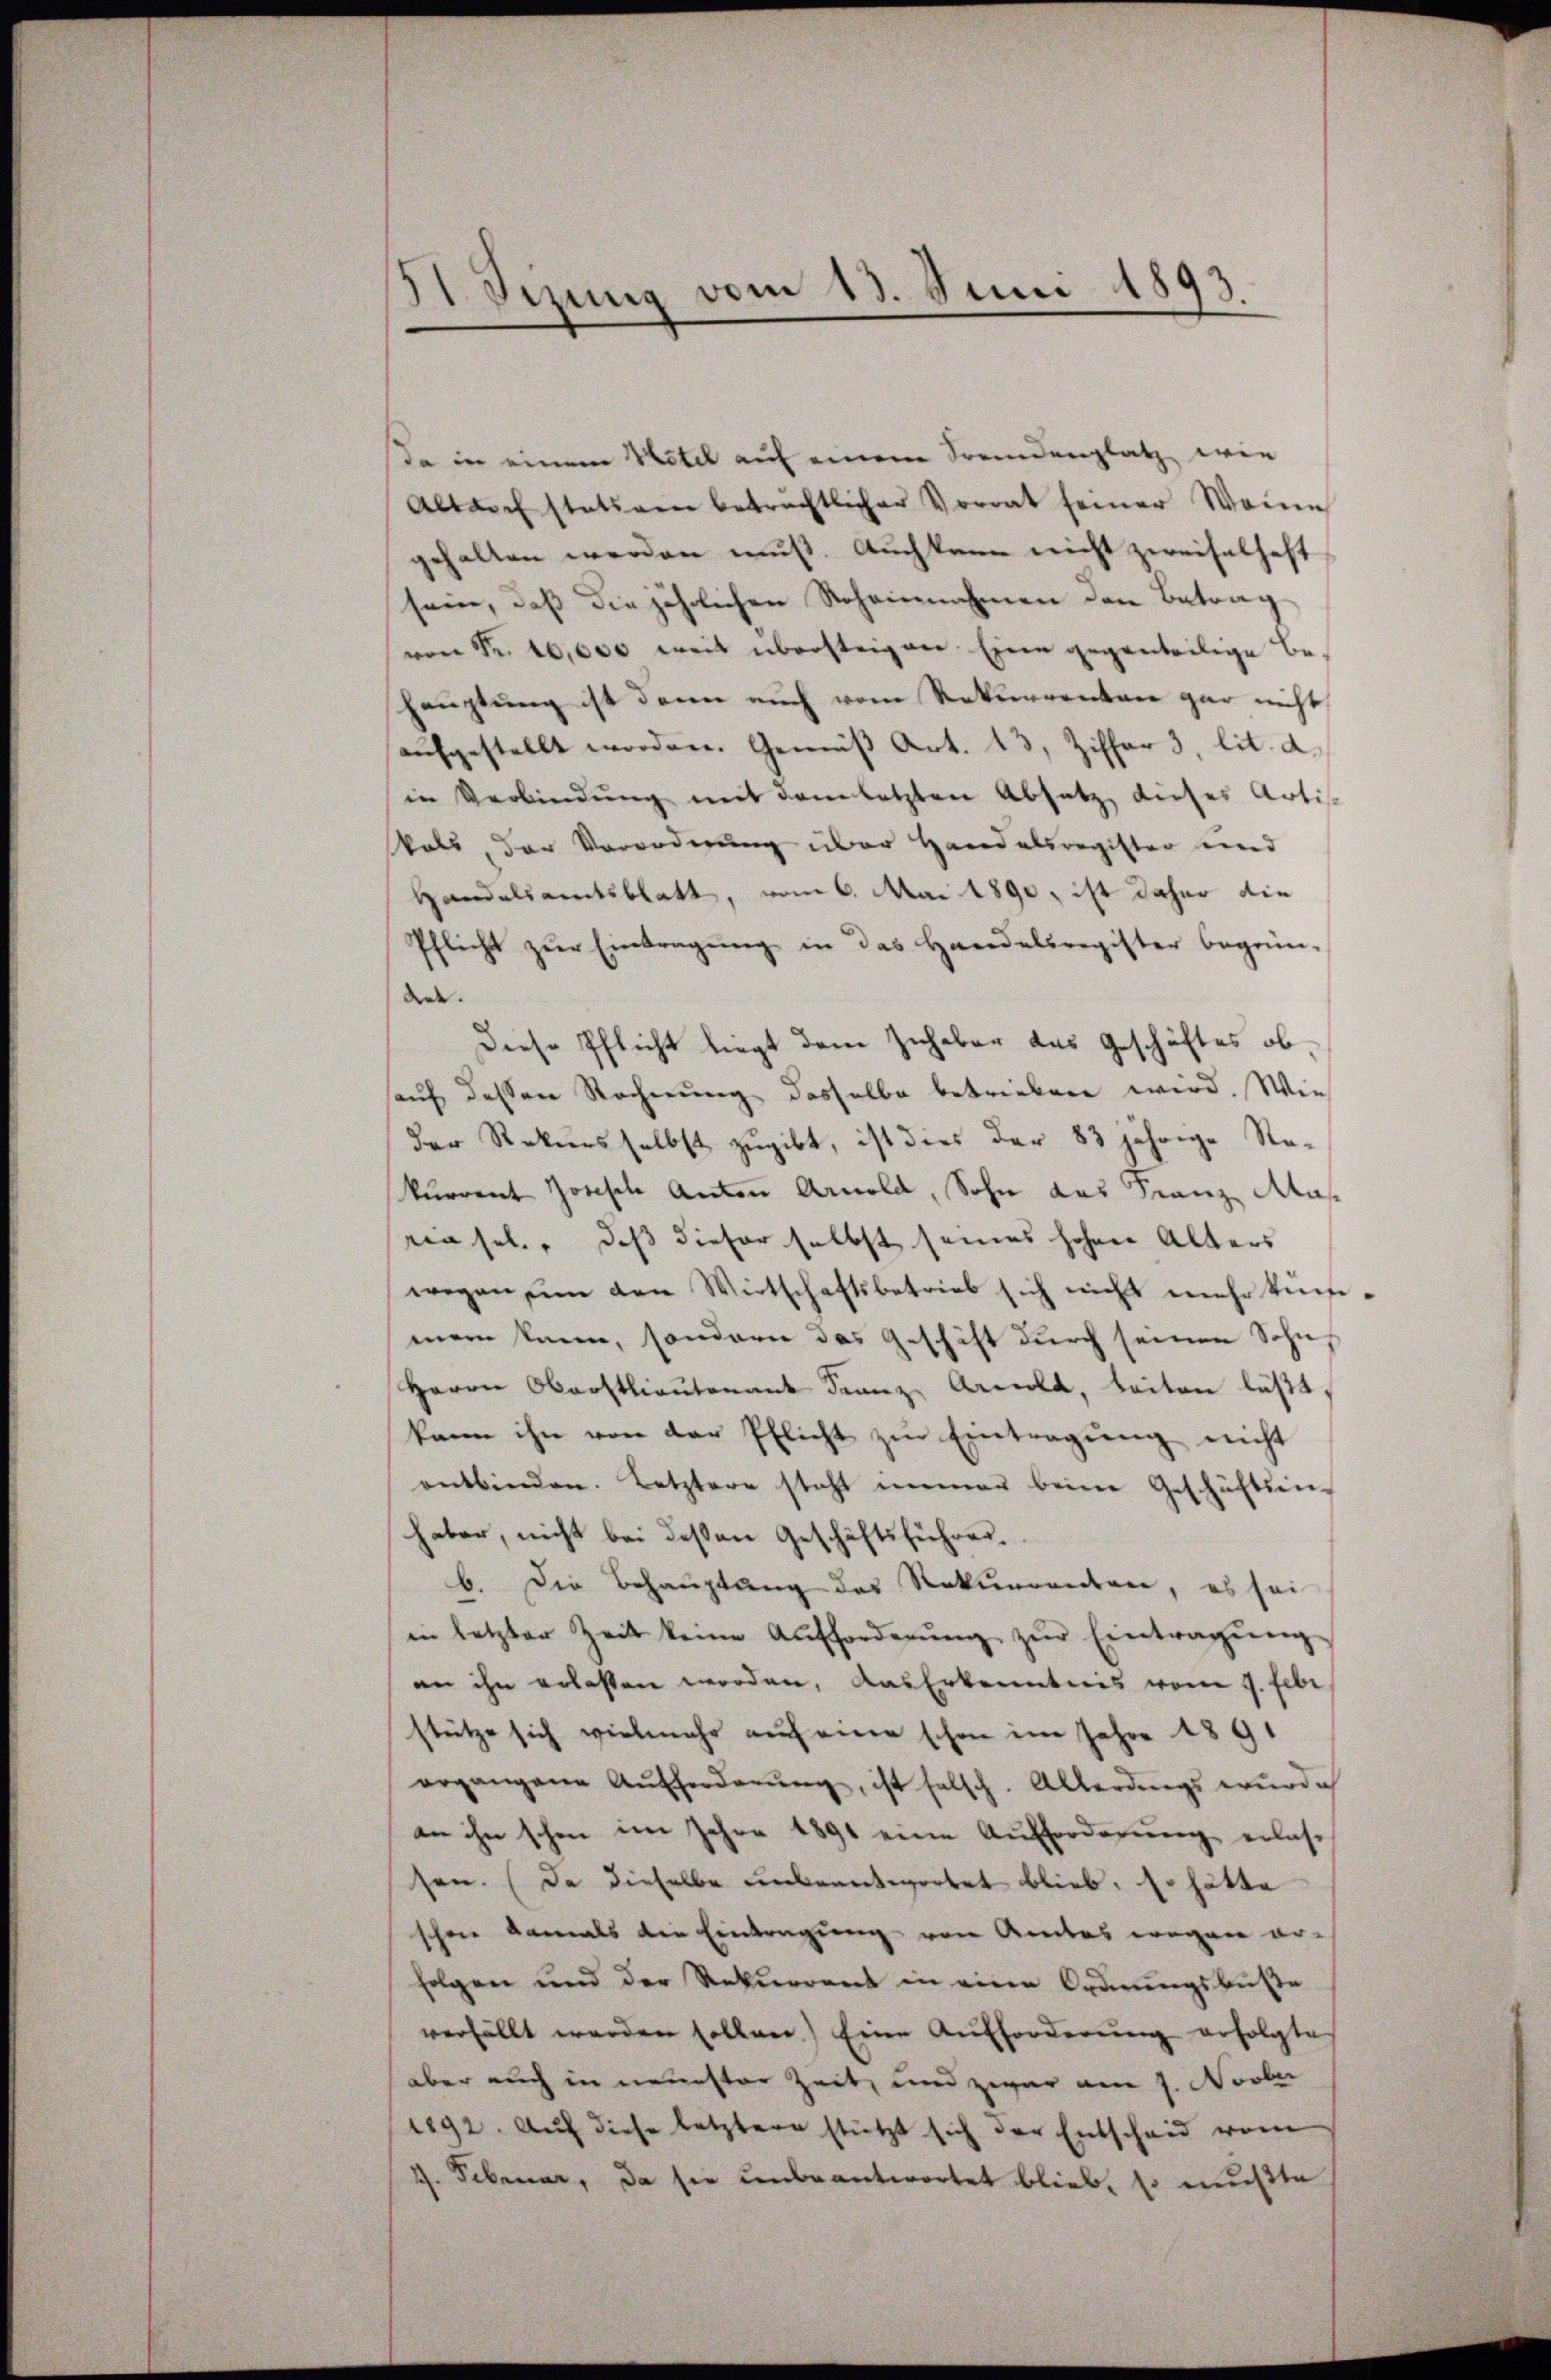
21. Sizung vom 13. Juni 1893.

da in einem Notel auf einem Fremdenplatz wie
Altar stativen beträchtlicher Vorrat seiner Weine
gehalten werden muß. Auch kann nicht zweifelhaft
sein, daß die jährlichen Roheinnahmen den Betrag
von Fr. 10,000 weit übersteigen Eine gegenteilige Be-
hauptung ist dann auch vom Rekurrenten gar nicht
aŭfgestellt worden. Gemäβ Art. 13, Ziffer 3. lit. a.
in Verbindŭng mit dem letzten Absatz, dieses Actis
Vals, der Verordnung über Handelsregister und
Handelsamtsblatt, vom 6. Mai 1890, ist daher die
Pflicht zŭr Eintragung in das Handelsregister begrün-
de.
Diese Pflicht liegt dem Inhaber das Geschäftes obauf dessen Rechnung desselbe betrieben wird. Wie
der Rekursselbst zugibt, ist dies der 83 jährige Rekurrent Josische Anton Arnold, Sohn das Franz Mas
rasel, daß dieser selbst seines hohen Alters
wegen in den Wirtschaftsbetrieb sich nicht mehr kün-
mein kann, sondern das Geschäft durch seinen Sohn
Herrn Oberstlieutenant Franz Arnold, beiten läßt,
kann ihn von der Pflicht zur Eintragung nicht
entbinden. Letztere steht meiner beim Geschäftsin-
haber, nicht bei dessen Geschäftsführen.
b. Die Behauptung des Rekurrenten, es sei
in letzter Zeit keine Aufforderŭng zŭr Eintragŭng
an ihn erlassen worden, das Erkenntnis vom 9. Febr.
stütze sich vielmehr auf eine schon im Jahre 1891
organgene Aufforderŭng, ist falsch. Allerdings wurde
an ihn schon im Jahre 1891 eine Aufforderŭng erlassen. (Da dieselbe unbeantwortet blieb. Er hätte
schon damals die Eintragung von Amtes wegen er-
folgen und der Rekurrent in eine Ordnungsbuße
verfällt werden sollen.) Eine Aufforderung erfolgtes
aber auch in neuester Zeit, und zwar am 7. Novber
1892. Aŭf diese letztere stützt sich der Entscheid vom
1. Februar, da sie unbeantwortet blieb, so mußte